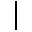
\vert